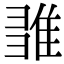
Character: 𨿉